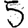
Digit: 5